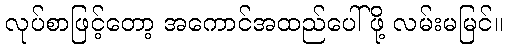
လုပ်စာဖြင့်တော့ အကောင်အထည်ပေါ်ဖို့ လမ်းမမြင်။